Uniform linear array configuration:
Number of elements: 32
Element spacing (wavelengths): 0.75
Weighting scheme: hamming
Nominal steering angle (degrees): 60
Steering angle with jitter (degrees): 61.197
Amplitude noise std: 0.05
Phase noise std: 0.05

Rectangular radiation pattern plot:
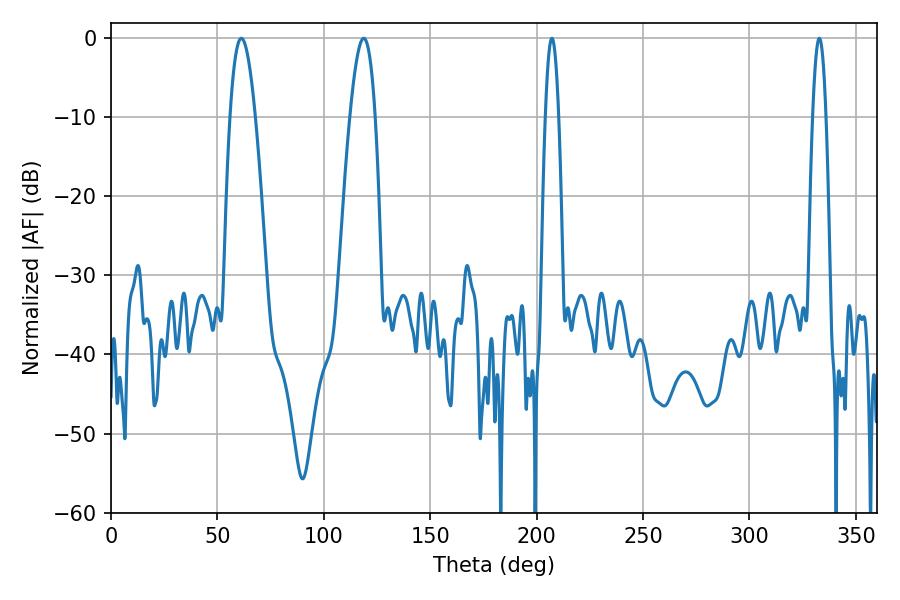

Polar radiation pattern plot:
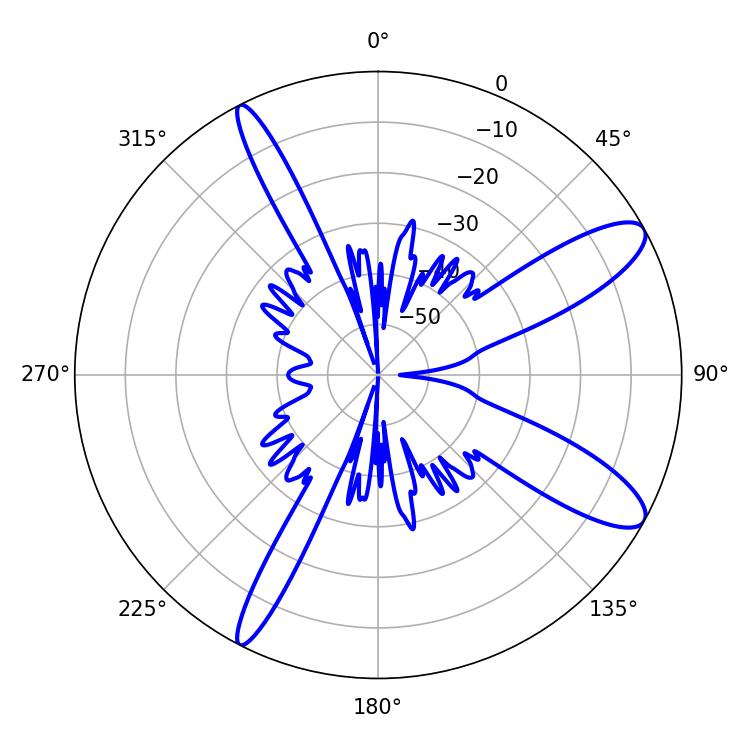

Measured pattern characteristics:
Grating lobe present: TRUE
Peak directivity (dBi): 11.077
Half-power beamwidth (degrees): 3.24
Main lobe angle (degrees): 207.18